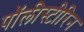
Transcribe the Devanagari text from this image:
पॉलीस्टीरिन